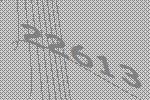
22613